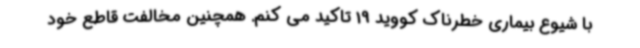
با شیوع بیماری خطرناک کووید 19 تاکید می کنم. همچنین مخالفت قاطع خود